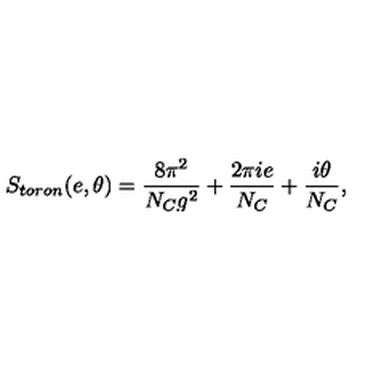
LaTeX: S _ { t o r o n } ( e , \theta ) = \frac { 8 \pi ^ { 2 } } { N _ { C } g ^ { 2 } } + \frac { 2 \pi i e } { N _ { C } } + \frac { i \theta } { N _ { C } } ,